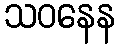
သဝနေန